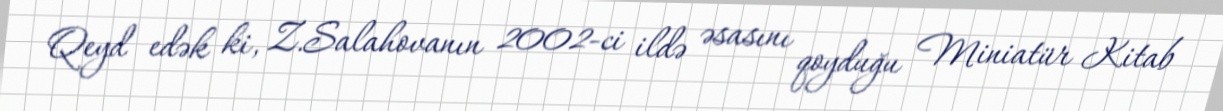
Qeyd edək ki, Z.Salahovanın 2002-ci ildə əsasını qoyduğu Miniatür Kitab